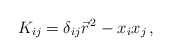
\begin{align*}K_{ij} = \delta_{ij} \vec{r}^{\,2} - x_i x_j \, ,\end{align*}